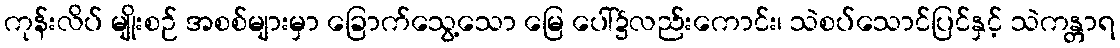
ကုန်းလိပ် မျိုးစဉ် အစစ်များမှာ ခြောက်သွေ့သော မြေ ပေါ်၌လည်းကောင်း၊ သဲစပ်သောင်ပြင်နှင့် သဲကန္တာရ